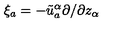
\xi _ { a } = - \tilde { u } _ { a } ^ { \alpha } \partial / \partial z _ { \alpha }